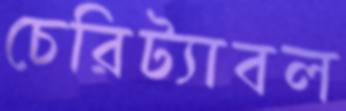
চেরিট্যাবল